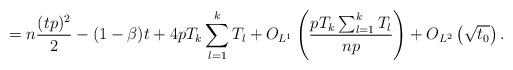
LaTeX: \begin{align*} = n\frac{(tp)^2}{2} -(1 - \beta) t+ 4p T_k \sum_{l=1}^k T_l + O_{L^1}\left( \frac{pT_k\sum_{l=1}^kT_l }{np}\right) + O_{L^2}\left( \sqrt{ t_0}\right).\end{align*}